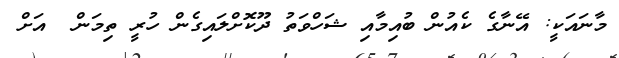
މާނައަކީ: އޭނާގެ ކެއުން ބުއިމާއި ޝަހްވަތު ދޫކޮށްލައިގެން ހުރީ ތިމަން  އަށް